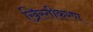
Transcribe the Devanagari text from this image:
ख्रिस्तीकरण